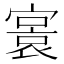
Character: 𡪭